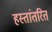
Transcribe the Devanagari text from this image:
हस्‍तांतरित